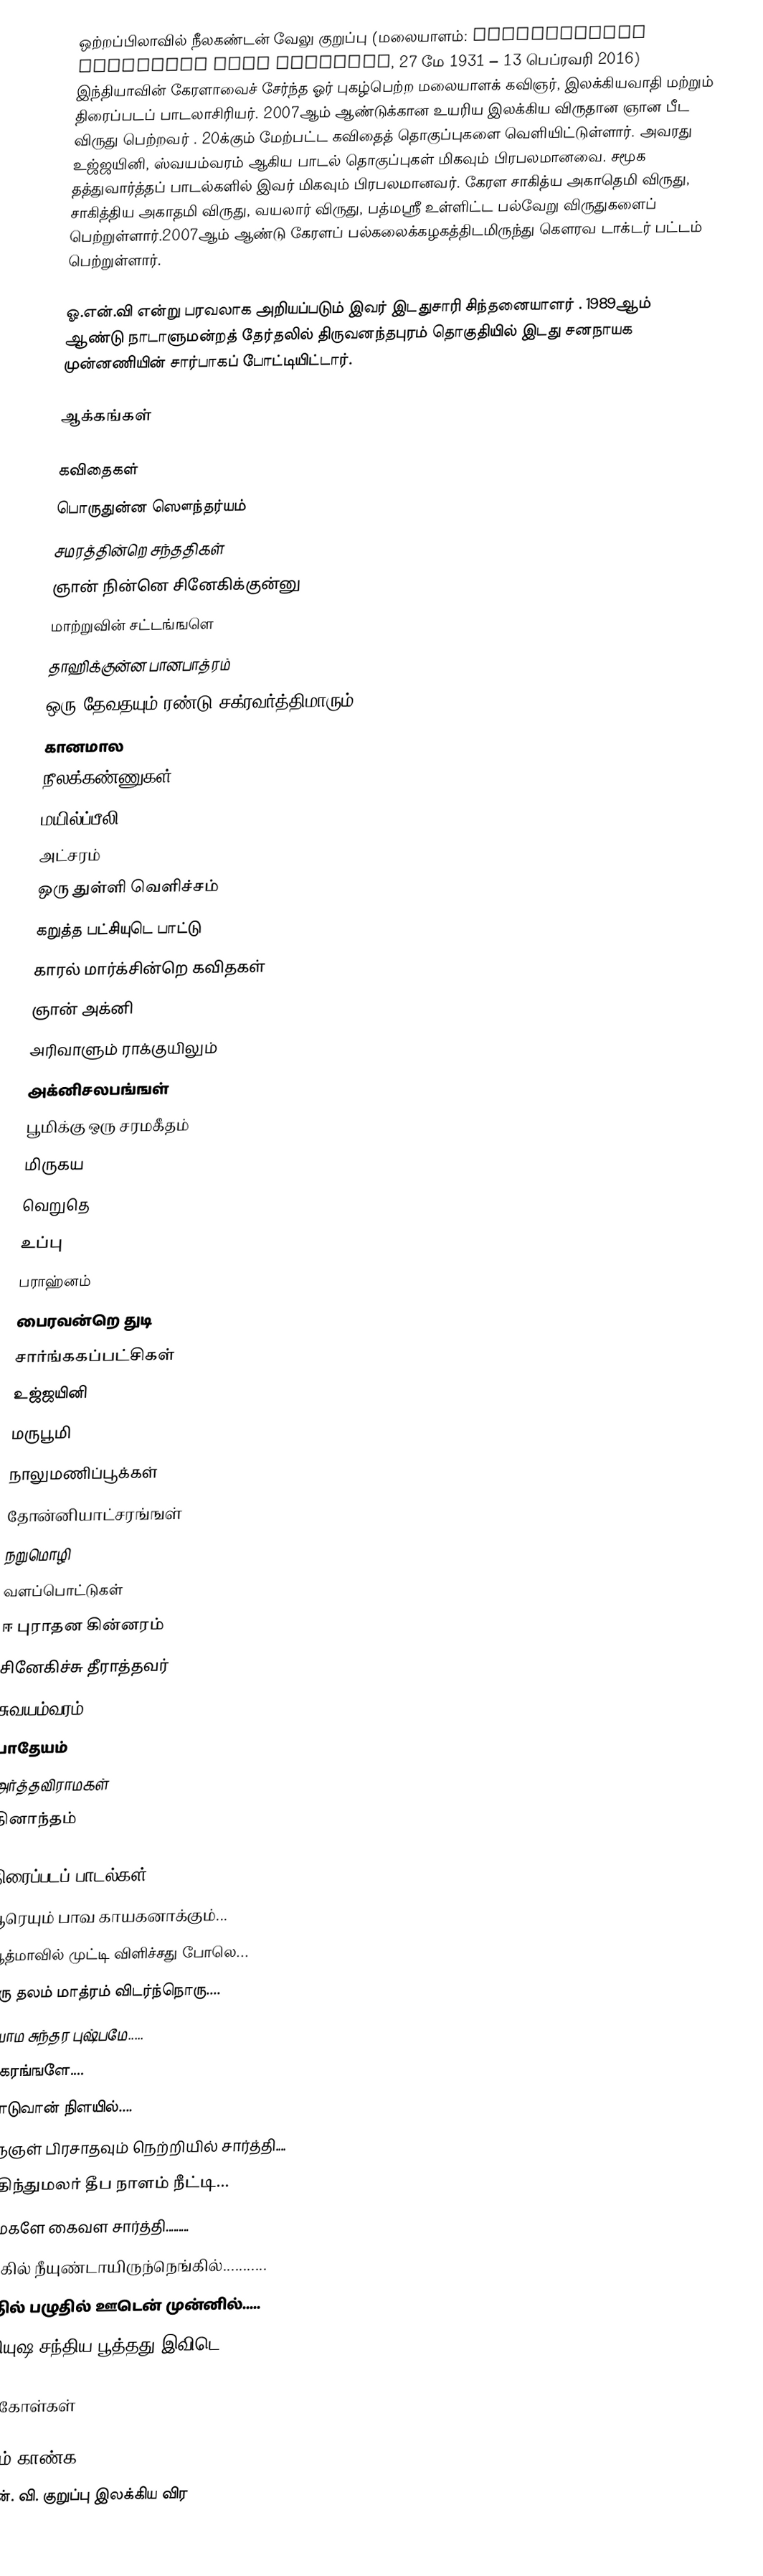
ஒற்றப்பிலாவில் நீலகண்டன் வேலு குறுப்பு (மலையாளம்: ഒറ്റപ്ലാവില് നീലകണ്ഠന് വേലു കുറുപ്പ്, 27 மே 1931 – 13 பெப்ரவரி 2016) இந்தியாவின் கேரளாவைச் சேர்ந்த ஓர் புகழ்பெற்ற மலையாளக் கவிஞர், இலக்கியவாதி மற்றும் திரைப்படப் பாடலாசிரியர். 2007ஆம் ஆண்டுக்கான உயரிய இலக்கிய விருதான ஞான பீட விருது பெற்றவர் . 20க்கும் மேற்பட்ட கவிதைத் தொகுப்புகளை வெளியிட்டுள்ளார். அவரது உஜ்ஜயினி, ஸ்வயம்வரம் ஆகிய பாடல் தொகுப்புகள் மிகவும் பிரபலமானவை. சமூக தத்துவார்த்தப் பாடல்களில் இவர் மிகவும் பிரபலமானவர். கேரள சாகித்ய அகாதெமி விருது, சாகித்திய அகாதமி விருது, வயலார் விருது, பத்மஸ்ரீ உள்ளிட்ட பல்வேறு விருதுகளைப் பெற்றுள்ளார்.2007ஆம் ஆண்டு கேரளப் பல்கலைக்கழகத்திடமிருந்து கௌரவ டாக்டர் பட்டம் பெற்றுள்ளார்.

ஓ.என்.வி என்று பரவலாக அறியப்படும் இவர் இடதுசாரி சிந்தனையாளர் . 1989ஆம் ஆண்டு நாடாளுமன்றத் தேர்தலில் திருவனந்தபுரம் தொகுதியில் இடது சனநாயக முன்னணியின் சார்பாகப் போட்டியிட்டார்.

ஆக்கங்கள்

கவிதைகள்
  பொருதுன்ன ஸௌந்தர்யம்
  சமரத்தின்றெ சந்ததிகள்
  ஞான் நின்னெ சினேகிக்குன்னு
  மாற்றுவின் சட்டங்ஙளெ
  தாஹிக்குன்ன பானபாத்ரம்
  ஒரு தேவதயும் ரண்டு சக்ரவர்த்திமாரும்
  கானமால
  நீலக்கண்ணுகள்
  மயில்ப்பீலி
  அட்சரம்
  ஒரு துள்ளி வெளிச்சம்
  கறுத்த பட்சியுடெ பாட்டு
  காரல் மார்க்சின்றெ கவிதகள்
  ஞான் அக்னி
  அரிவாளும் ராக்குயிலும்
  அக்னிசலபங்ஙள்
  பூமிக்கு ஒரு சரமகீதம்
  மிருகய
  வெறுதெ
  உப்பு
  பராஹ்னம்
  பைரவன்றெ துடி
  சார்ங்ககப்பட்சிகள்
  உஜ்ஜயினி
  மருபூமி
  நாலுமணிப்பூக்கள்
  தோன்னியாட்சரங்ஙள்
  நறுமொழி
  வளப்பொட்டுகள்
  ஈ புராதன கின்னரம்
  சினேகிச்சு தீராத்தவர் 
  சுவயம்வரம்
  பாதேயம்
  அர்த்தவிராமகள்
  தினாந்தம்

திரைப்படப் பாடல்கள்
 ஆரெயும் பாவ காயகனாக்கும்...
 ஆத்மாவில் முட்டி விளிச்சது போலெ...
 ஒரு தலம் மாத்ரம் விடர்ந்நொரு....
 சியாம சுந்தர புஷ்பமே.....
 சாகரங்ஙளே....
 நீராடுவான் நிளயில்....
 மஞ்ஞள் பிரசாதவும் நெற்றியில் சார்த்தி....
 சரதிந்துமலர் தீப நாளம் நீட்டி...
 ஓர்மகளே கைவள சார்த்தி.........
 அரிகில் நீயுண்டாயிருந்நெங்கில்...........
 வாதில் பழுதில் ஊடென் முன்னில்.....
 ஆதியுஷ சந்திய பூத்தது இவிடெ...

மேற்கோள்கள்

மேலும் காண்க
 ஓ. என். வி. குறுப்பு இலக்கிய விர